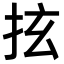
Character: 𢫔